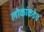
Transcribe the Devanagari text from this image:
लोकांकडेच